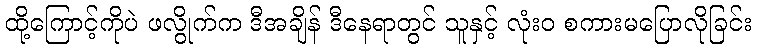
ထို့ကြောင့်ကိုပဲ ဖလွိုက်က ဒီအချိန် ဒီနေရာတွင် သူနှင့် လုံးဝ စကားမပြောလိုခြင်း